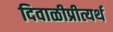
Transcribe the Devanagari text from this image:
दिवाळीप्रीत्यर्थ